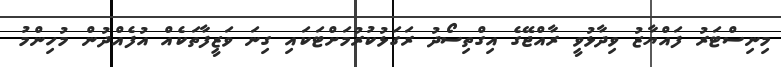
މިނިސްޓަރު ފައްޔާޒު ވިދާޅުވީ ރާއްޖޭގެ އިގްތިސޯދު ރަގަޅުކުރުމަށްޓަކައި ގިނަ ވަޒީފާތަކެއް އުފެއްދުން މުހިންމު